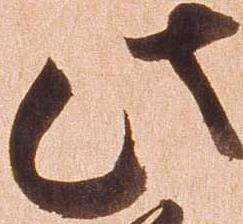
此